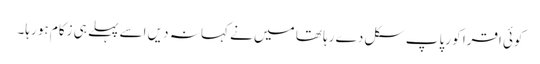
کوئی اقرا کو رپاپ سکل د ے رہا تھا میں نے کہا نہ دیں اسے پہلے ہی زکام ہو رہا۔